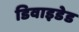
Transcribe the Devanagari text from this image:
डिवाइडेड